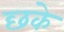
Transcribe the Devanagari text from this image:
छके